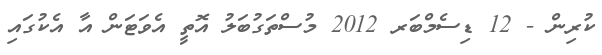
ކުރިން - 12 ޑިސެމްބަރ 2012 މުސްތަގުބަލު އޮތީ އެވަޓަން އާ އެކުގައި